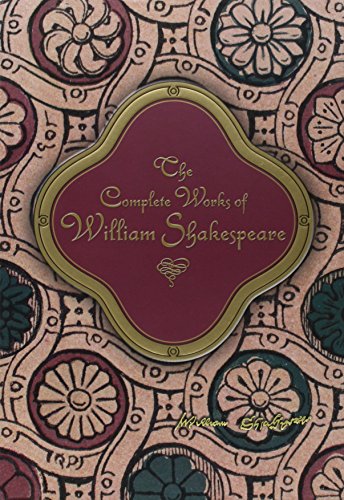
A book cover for The Complete Works of William Shakespeare (Knickerbocker Classics); William Shakespeare; Literature & Fiction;